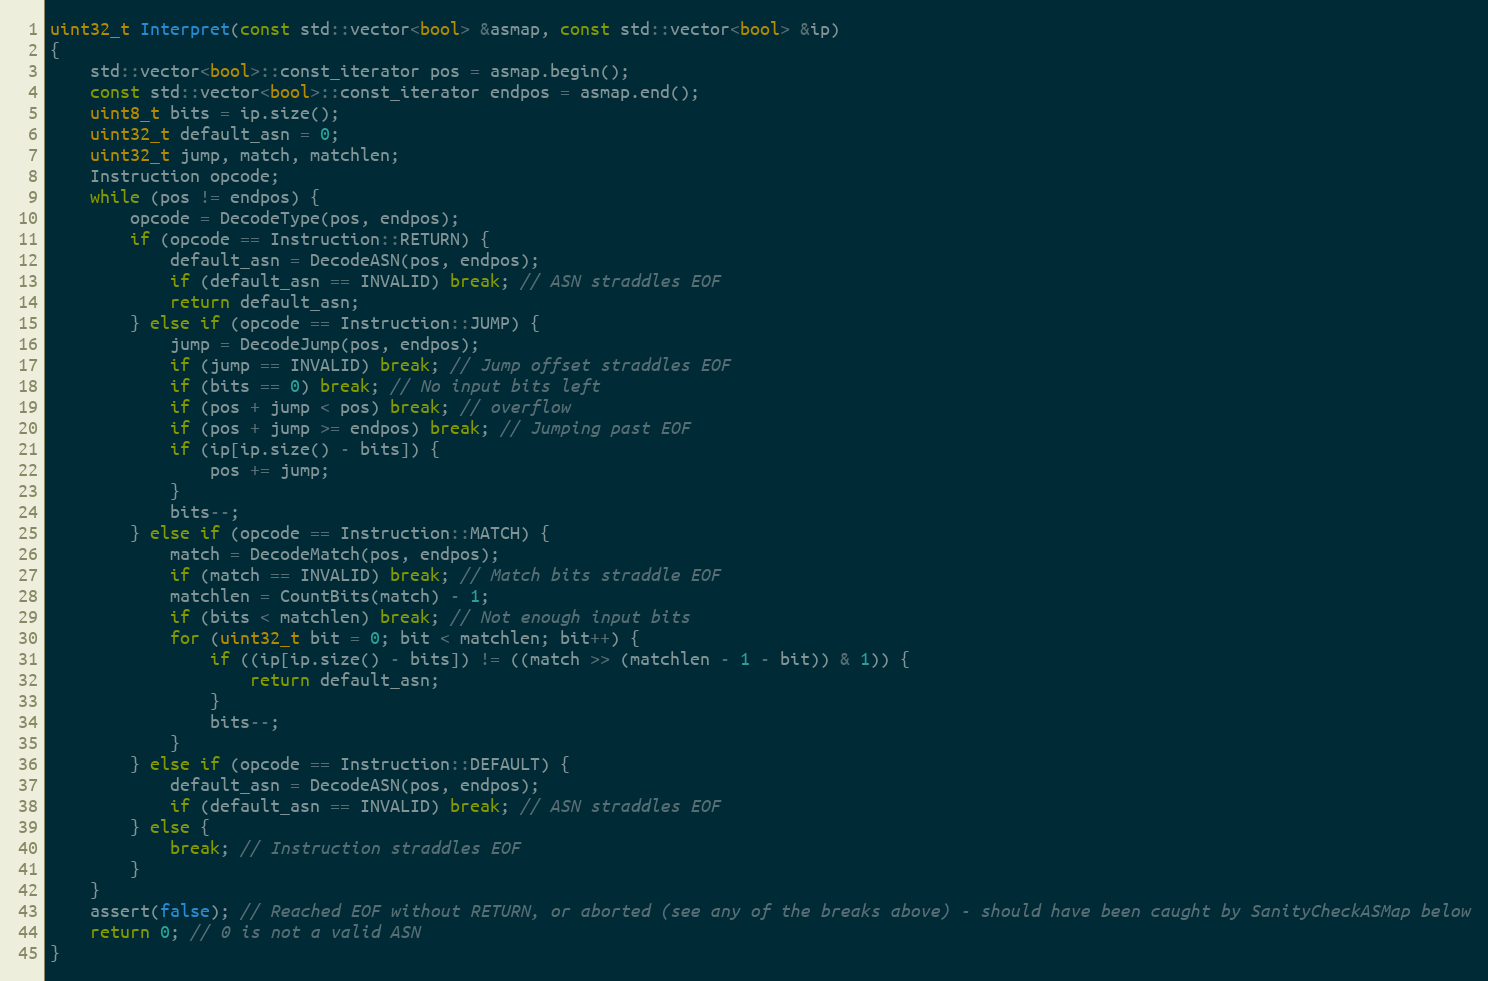
Language: C++
uint32_t Interpret(const std::vector<bool> &asmap, const std::vector<bool> &ip)
{
    std::vector<bool>::const_iterator pos = asmap.begin();
    const std::vector<bool>::const_iterator endpos = asmap.end();
    uint8_t bits = ip.size();
    uint32_t default_asn = 0;
    uint32_t jump, match, matchlen;
    Instruction opcode;
    while (pos != endpos) {
        opcode = DecodeType(pos, endpos);
        if (opcode == Instruction::RETURN) {
            default_asn = DecodeASN(pos, endpos);
            if (default_asn == INVALID) break; // ASN straddles EOF
            return default_asn;
        } else if (opcode == Instruction::JUMP) {
            jump = DecodeJump(pos, endpos);
            if (jump == INVALID) break; // Jump offset straddles EOF
            if (bits == 0) break; // No input bits left
            if (pos + jump < pos) break; // overflow
            if (pos + jump >= endpos) break; // Jumping past EOF
            if (ip[ip.size() - bits]) {
                pos += jump;
            }
            bits--;
        } else if (opcode == Instruction::MATCH) {
            match = DecodeMatch(pos, endpos);
            if (match == INVALID) break; // Match bits straddle EOF
            matchlen = CountBits(match) - 1;
            if (bits < matchlen) break; // Not enough input bits
            for (uint32_t bit = 0; bit < matchlen; bit++) {
                if ((ip[ip.size() - bits]) != ((match >> (matchlen - 1 - bit)) & 1)) {
                    return default_asn;
                }
                bits--;
            }
        } else if (opcode == Instruction::DEFAULT) {
            default_asn = DecodeASN(pos, endpos);
            if (default_asn == INVALID) break; // ASN straddles EOF
        } else {
            break; // Instruction straddles EOF
        }
    }
    assert(false); // Reached EOF without RETURN, or aborted (see any of the breaks above) - should have been caught by SanityCheckASMap below
    return 0; // 0 is not a valid ASN
}